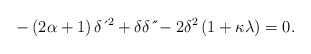
\begin{align*}-\left( 2\alpha+1\right) \delta \,\acute{}\,^{2}+\delta \delta \,\acute{}\,\acute{}-2\delta^{2}\left( 1+\kappa \lambda \right) =0. \end{align*}